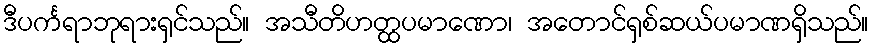
ဒီပင်္ကရာဘုရားရှင်သည်။ အသီတိဟတ္ထပမာဏော၊ အတောင်ရှစ်ဆယ်ပမာဏရှိသည်။